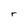
Character: r